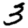
Digit: 3